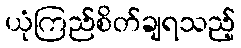
ယုံကြည်စိတ်ချရသည့်